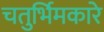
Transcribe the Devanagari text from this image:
चतुर्भिमकारे